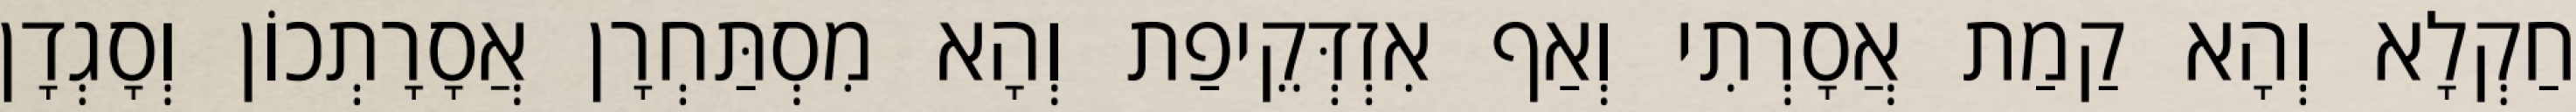
חַקְלָא וְהָא קַמַת אֲסָרְתִי וְאַף אִזְדְּקֵיפַת וְהָא מִסְתַּחְרָן אֲסָרָתְכוֹן וְסָגְדָן